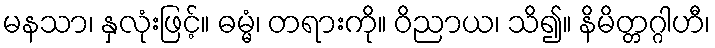
မနသာ၊ နှလုံးဖြင့်။ ဓမ္မံ၊ တရားကို။ ဝိညာယ၊ သိ၍။ နိမိတ္တဂ္ဂါဟီ၊